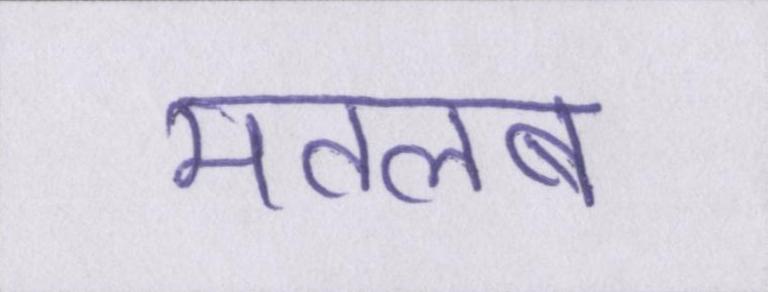
मतलब